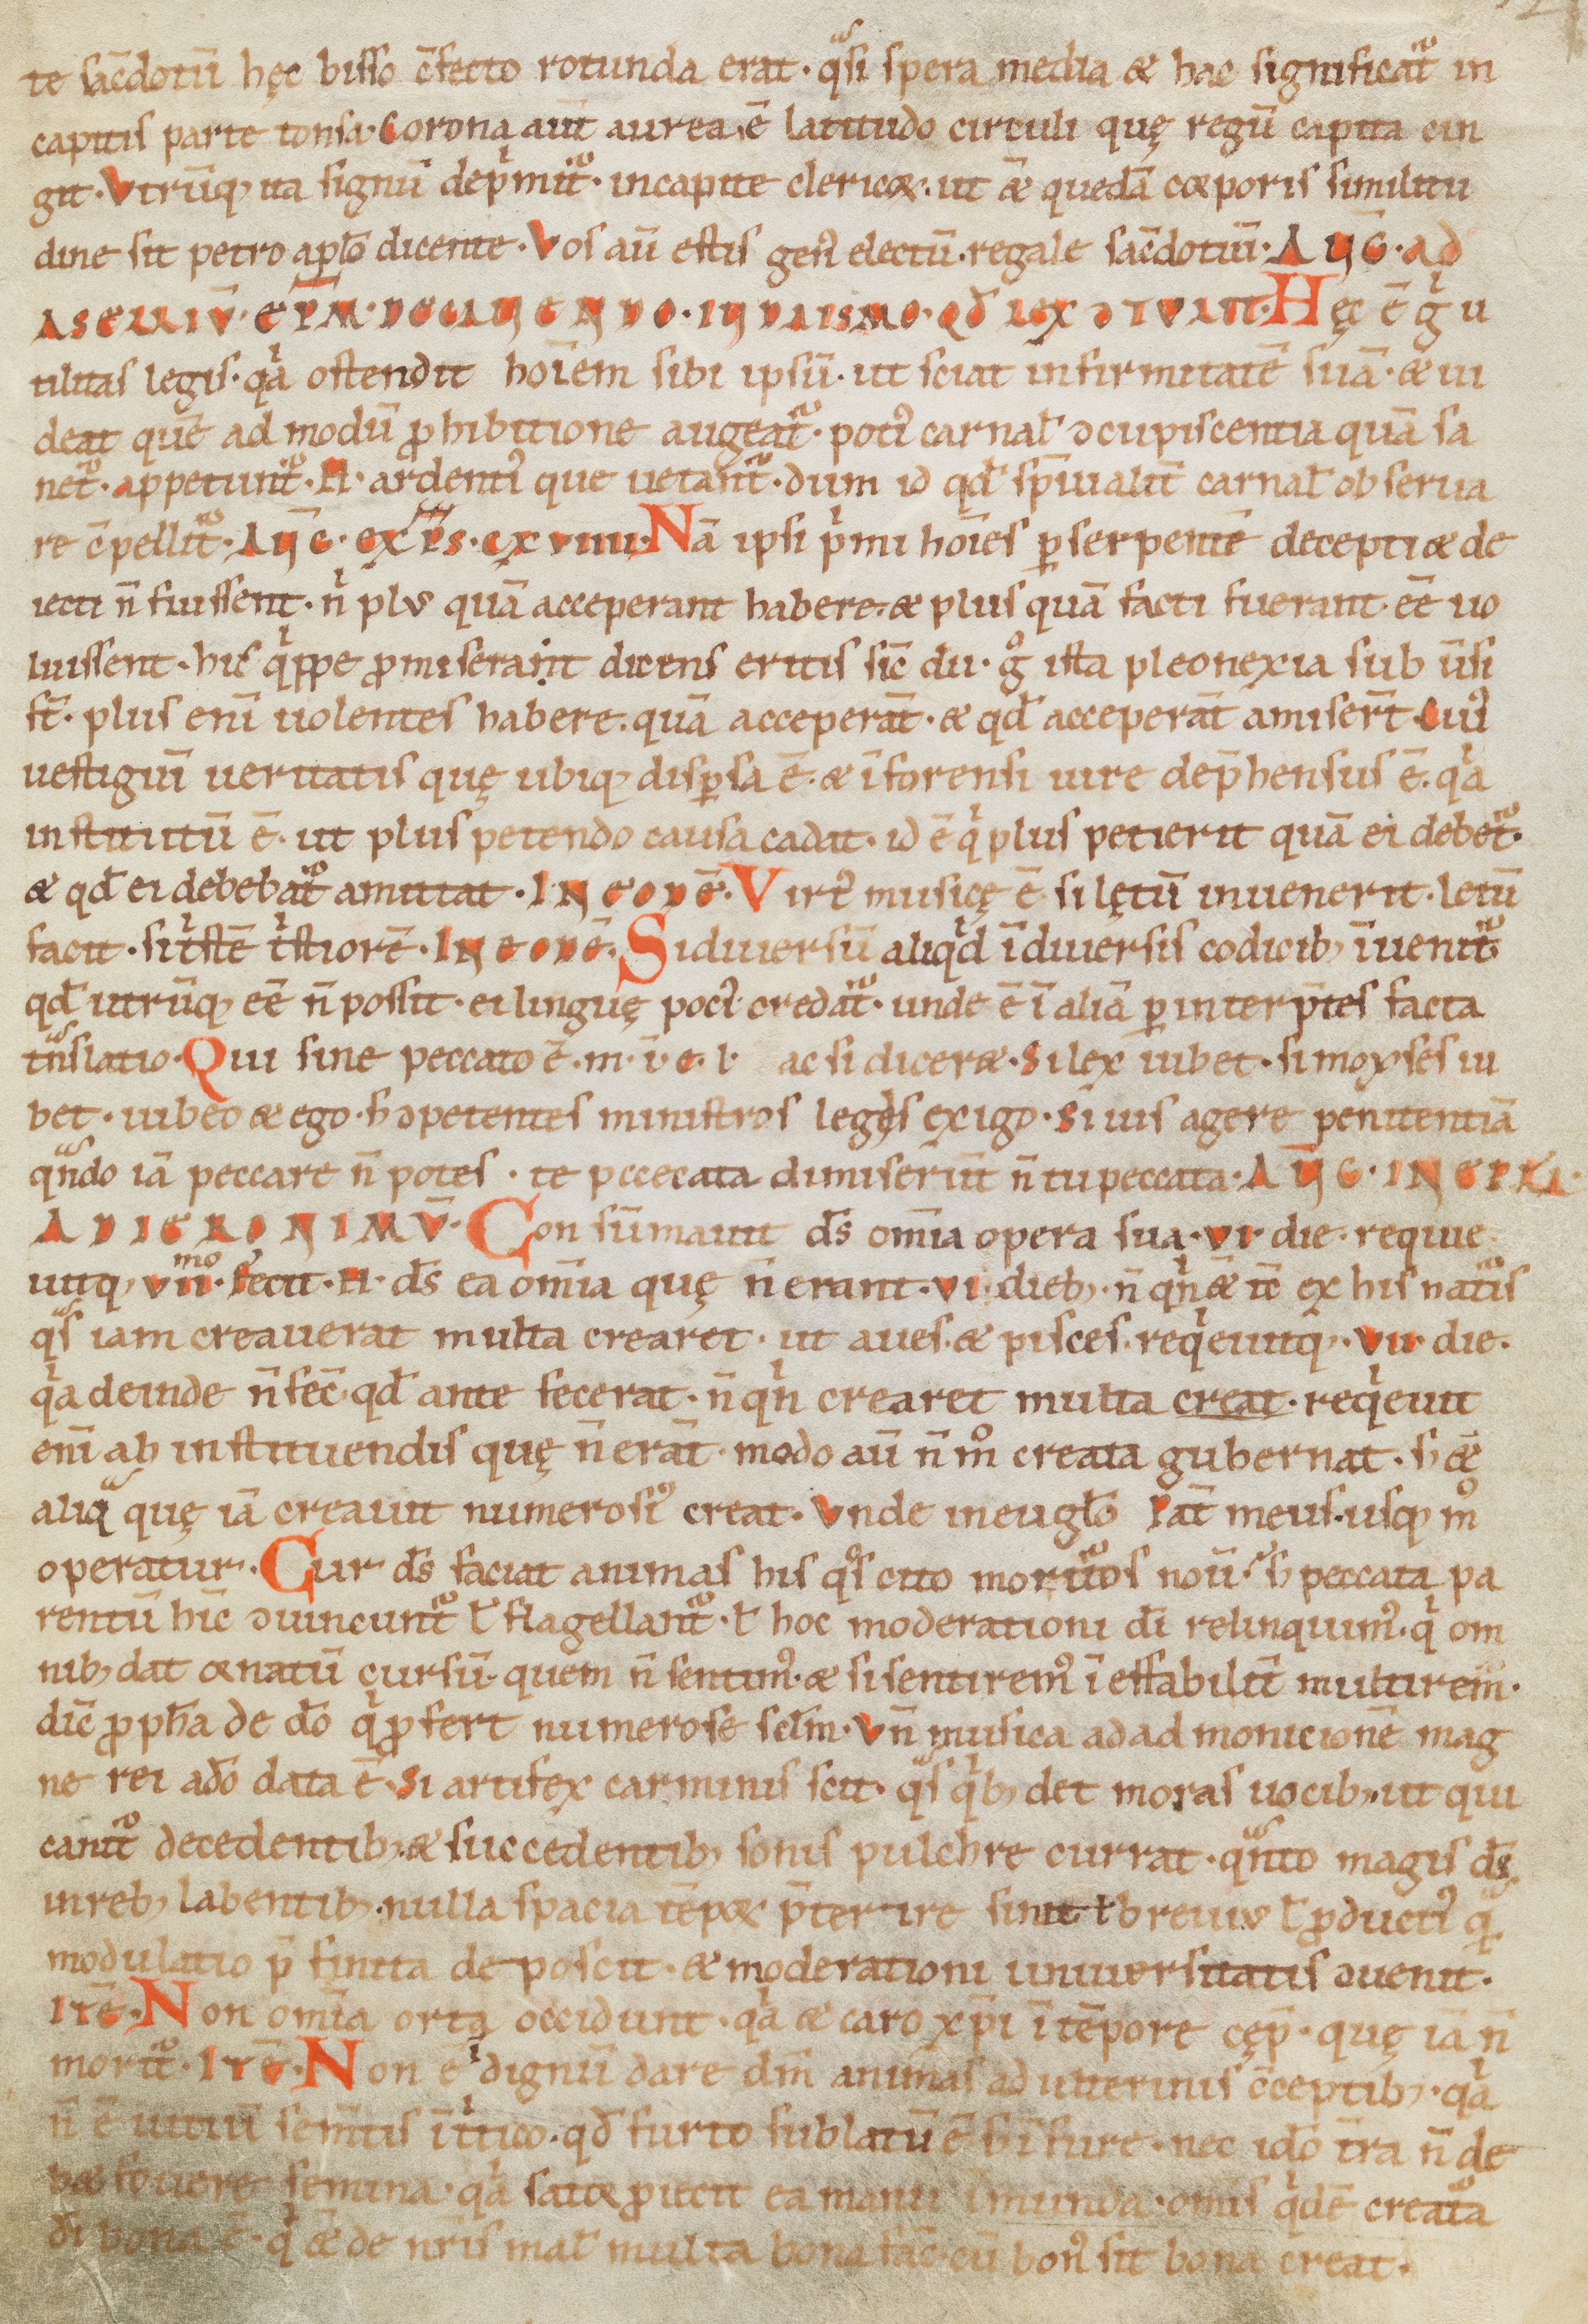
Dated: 1100–1199